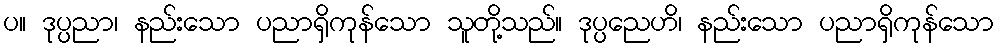
ပ။ ဒုပ္ပညာ၊ နည်းသော ပညာရှိကုန်သော သူတို့သည်။ ဒုပ္ပညေဟိ၊ နည်းသော ပညာရှိကုန်သော